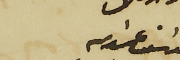
يوسَف عبدالله